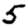
Digit: 5